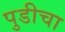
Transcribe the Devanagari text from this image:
पुडीचा